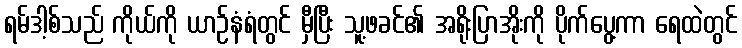
ရမ်ဒါ့စ်သည် ကိုယ်ကို ယာဉ်နံရံတွင် မှီပြီး သူ့ဖခင်၏ အရိုးပြာအိုးကို ပိုက်ပွေ့ကာ ရေထဲတွင်